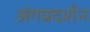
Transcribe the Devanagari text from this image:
अंगप्रदर्शन